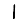
Digit: 1